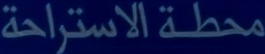
محطة الاستراحة